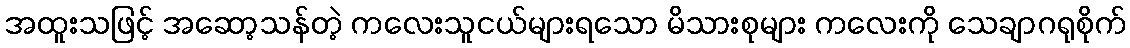
အထူးသဖြင့် အဆော့သန်တဲ့ ကလေးသူငယ်များရသော မိသားစုများ ကလေးကို သေချာဂရုစိုက်